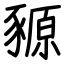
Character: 豲